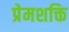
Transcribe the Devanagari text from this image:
प्रेमशक्ति